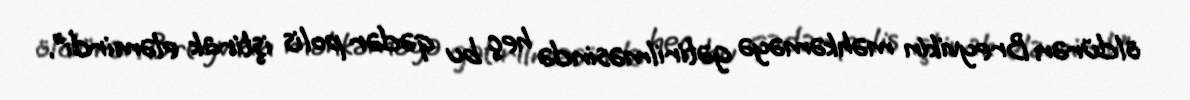
öldürən Breyvikin məhkəməyə gətirilməsində heç bu qədər polis iştirak eləmirdi”.